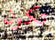
تكون